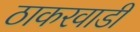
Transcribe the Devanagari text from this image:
ठाकरवाडी